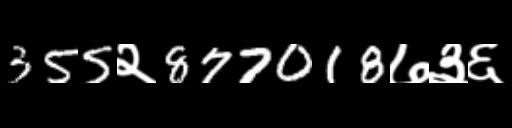
Text: 355२877018७३६